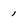
Character: 1